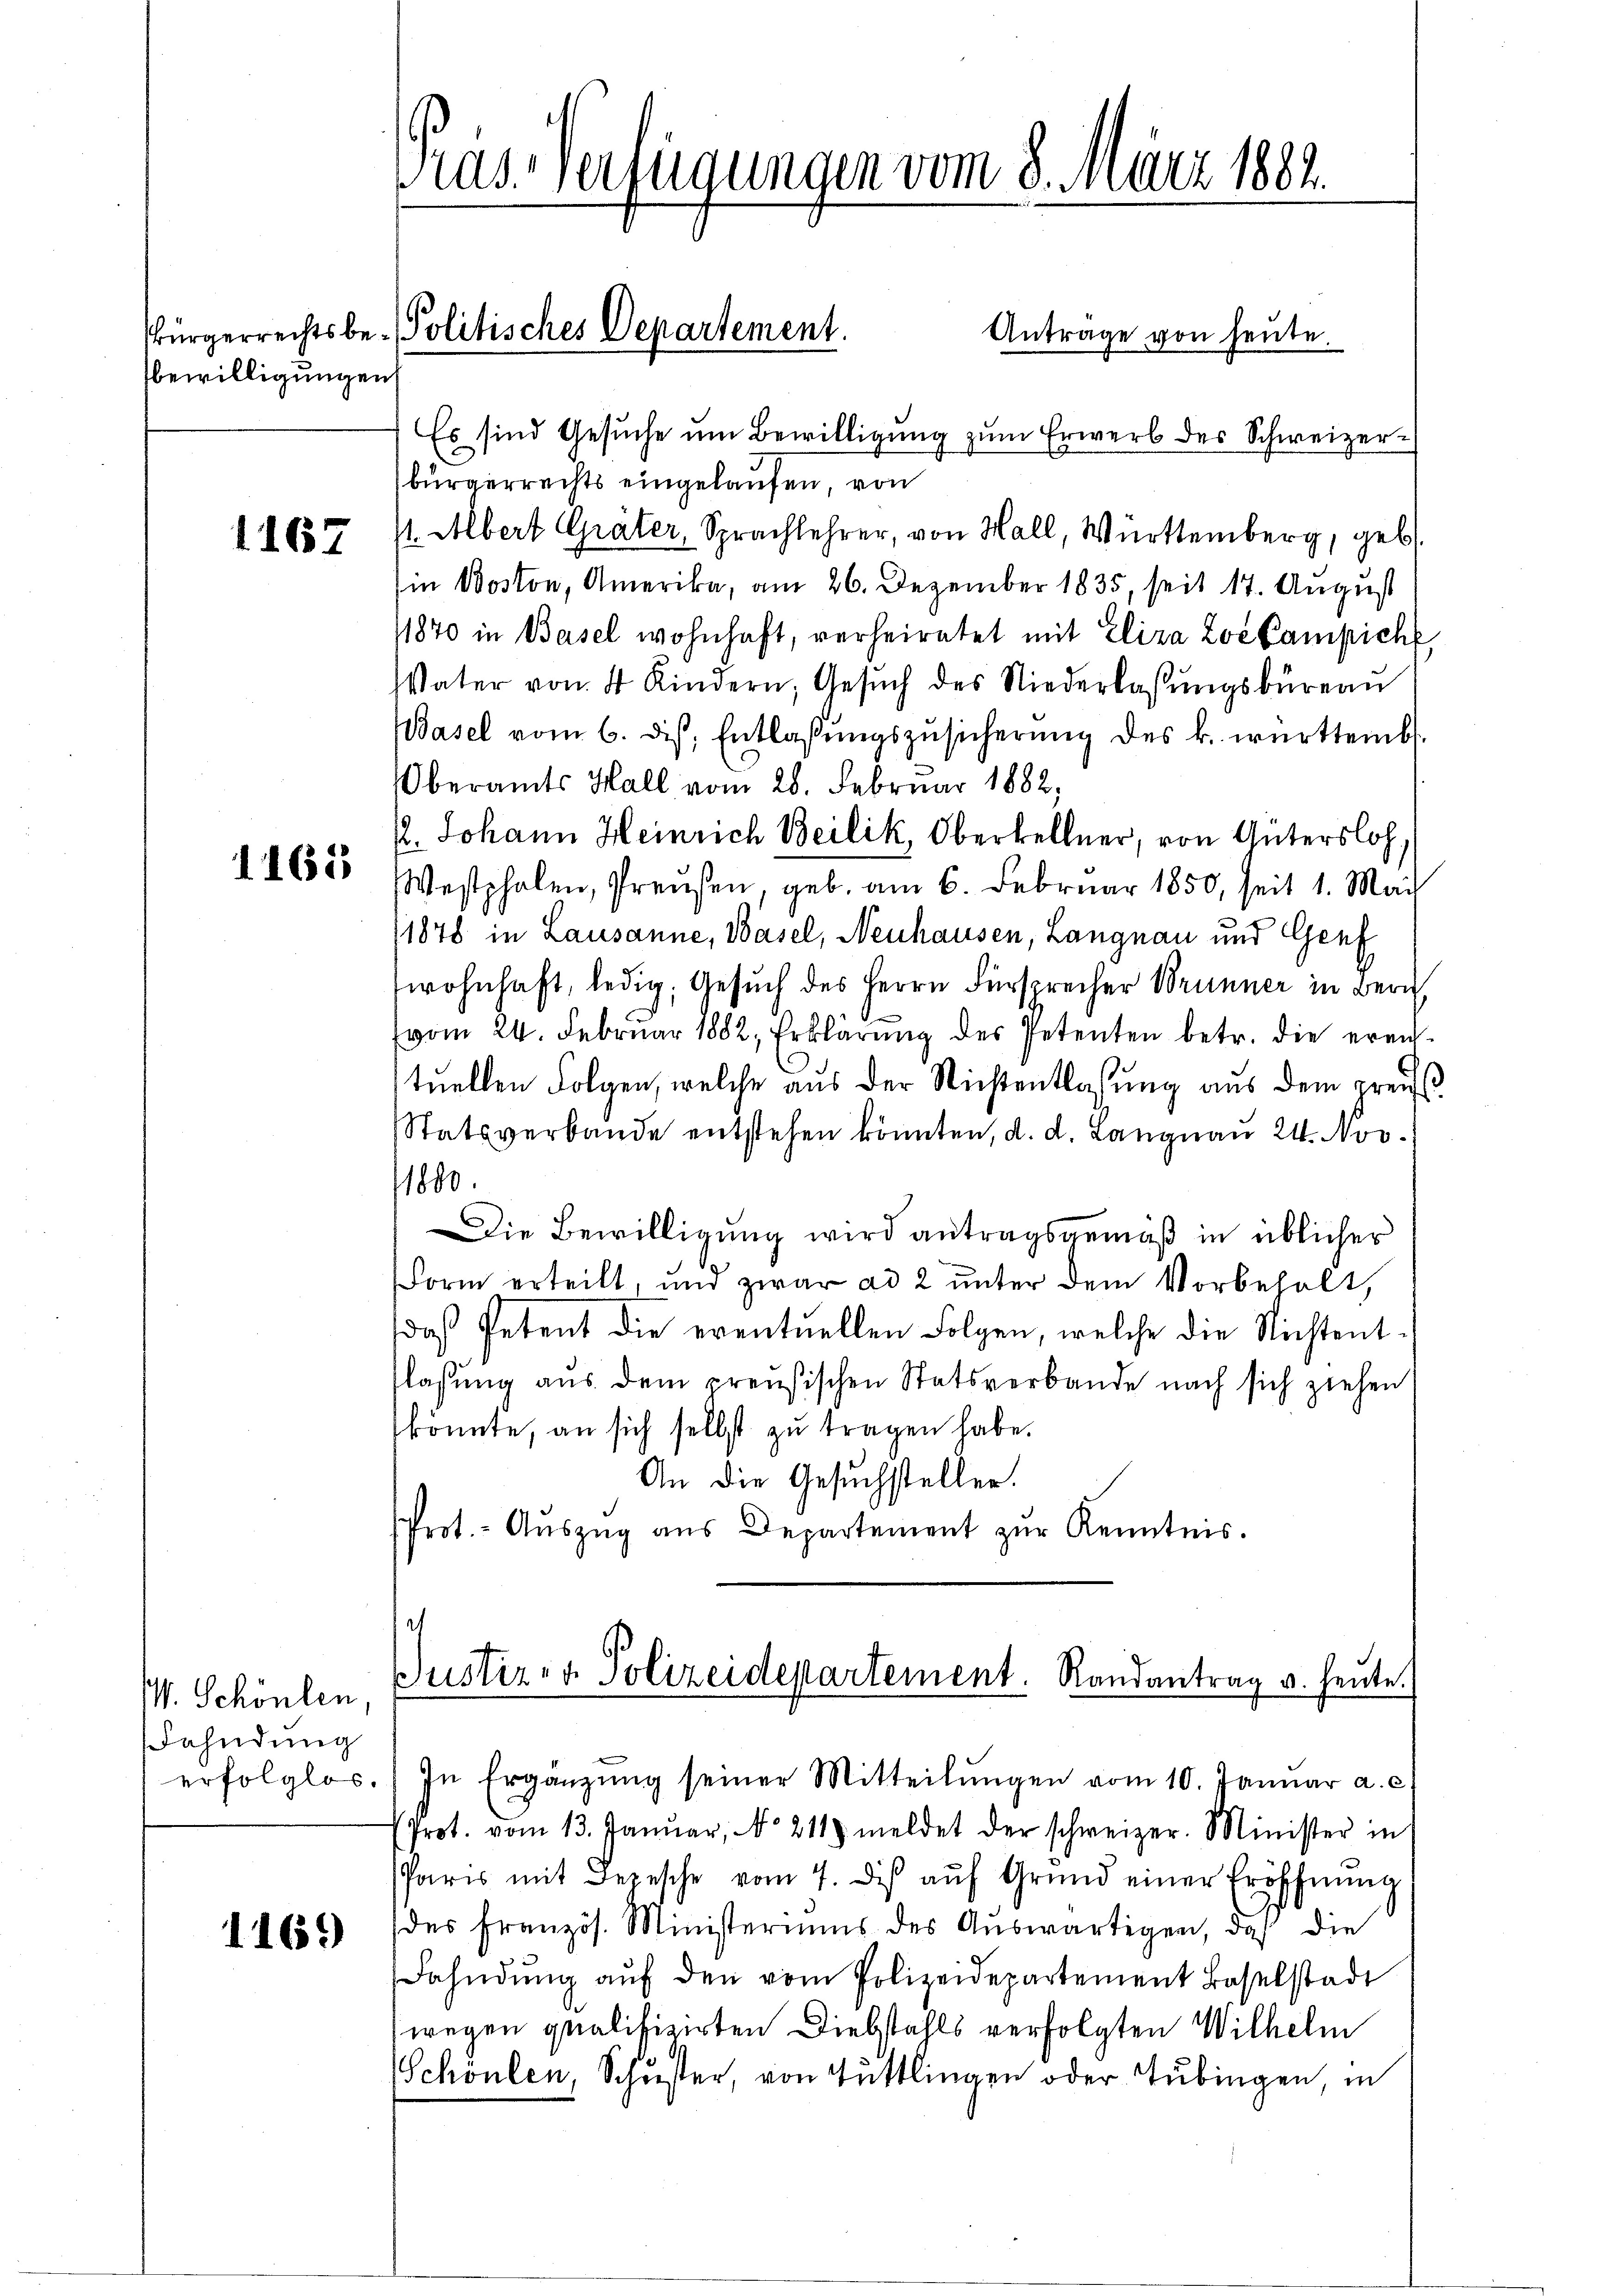
bewilligungen

1167

1165

V. Schönlen
Fahndung

116.

das Verfügungen vom 8. März 1882.

Es sind Gesuche um Bewilligung zum Erwerb des Schweizerbürgerrechts eingelaufen, von
s. Abert Gräter, Sprachlehrer, von Hall, Württemberg, geb.
(in Boston, Amerika, am 26. Dezember 1835, seit 17. August
1870 in Basel wohnhaft, verheiratet mit Eliza Zoe Campiche
Vater von 4 Kindern, Gesŭch des Niederlassŭngsbüreau
Wasel vom 6. ds. Entlaβŭngszŭsicherŭng des k. württemb.
Oberamts Hall vom 28. Februar 1882,
/. Johann Heinrich Beilik, Oberkellner, von Gütersloh
Westphalen, Preußen, geb. am 6. Februar 1850, seit 1. Mai
11878 in Lausanne, Basel, Neuhausen, Langnau und Genf
wohnhaft, ledig, Gesŭch des Herrn Fürsprecher Brunner in Bern
vom 24. Februar 1882, Erklärŭng des Petenten betr. die erein-
tuellen Folgen, welche aus der Richtentlassung aus dem preuß
Statsverbande entstehen könnten, d. d. Langnau 24. Nov.
1800.
Die Bewilligung wird antragsgemäß in üblicher
Form erteilt, und zwar ad 2 ŭnter dem Vorbehalt,
daß Petent die eventuellen Folgen, welche die Nichtentflassung aus dem preußischen Statsverbande nach sich ziehen
könnte, an sich selbst zu tragen habe.
An die Gesuchsteller.
Prot. - Auszug aus Departement zur Kenntnis.

Bürgerrechts be- Politisches Departement.

Antrage von heute.

t
Justiz- & Polizeidepartement. Randantrag u. heute.

erfolglos. In Ergänzŭng seiner Mitteilŭngen vom 10. Januar a. c.
Prot. vom 13. Januar, No 211 meldet der schweizer. Minister in
Paris mit Depesche vom 7. dis aŭf Grund einer Eröffnŭng
des Französ. Ministeriums des Aŭswärtigen, daß die
Fahndung aŭf den vom Polizeidepartement Baselstadt
(wegen qualifizirten Diebstahls verfolgten Wilhelm
Schönlen, Schŭster, von Tuttlingen oder Tübingen, in